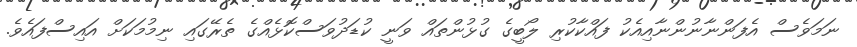
ނަމަވެސް އެފަންނާނުންނާއިއެކު ފައްކާކުރި ލޯބީގެ ގުޅުންތައް ވަނީ ކުޑަދުވަސްކޮޅެއްގެ ތެރޭގައި ނިމުމަކަށް އައިސްފައެވެ.